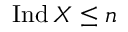
\operatorname { I n d } X \leq n